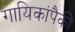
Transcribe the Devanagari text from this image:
गायिकांपैकी